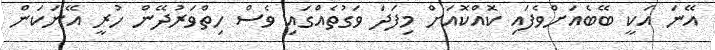
އޭނަ އަކީ ބޭބެއަށްވެފައި ކޮއްކޮއަށް މިފަދަ ވަގުތެއްގައި ވެސް ހިތްވަރުދޭން ހުރީ އޭނަކަން